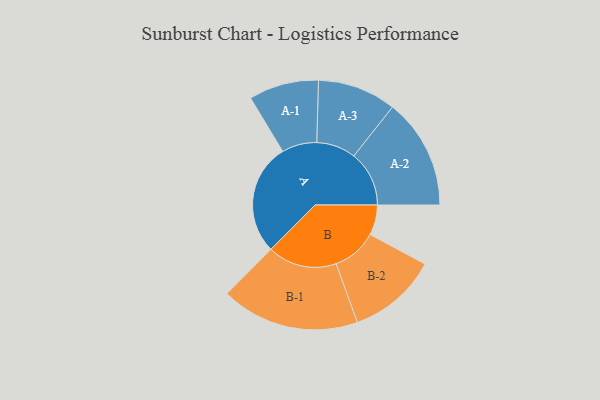
{"axis": {"x": "Segment", "y": "Value"}, "legend": ["", "A", "B"], "data": [{"x": "A", "y": 439, "type": ""}, {"x": "B", "y": 119, "type": ""}, {"x": "A-1", "y": 138, "type": "A"}, {"x": "A-2", "y": 218, "type": "A"}, {"x": "A-3", "y": 155, "type": "A"}, {"x": "B-1", "y": 273, "type": "B"}, {"x": "B-2", "y": 177, "type": "B"}]}